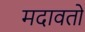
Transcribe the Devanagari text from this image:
मदावतो